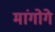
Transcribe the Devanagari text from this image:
मांगोगे